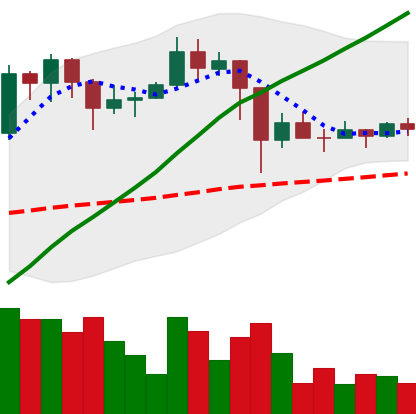
Ticker: TRX-USD
Chart end date: 2021-03-02
Forward return: 10.401%
Label: up_7plus